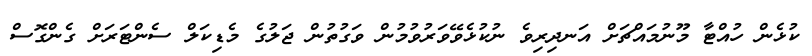
ކުޅެން ހުއްޓާ މޫނުމައްޗަށް އަނދިރިވެ ނުކުޅެވޭވަރުވުމުން ވަގުތުން ޖަލުގެ މެޑިކަލް ސެންޓަރަށް ގެންގޮސް